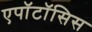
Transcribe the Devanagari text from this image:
एपॉटॉसिस